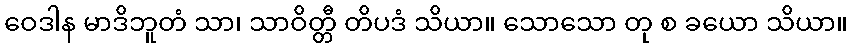
ဝေဒါန မာဒိဘူတံ သာ၊ သာဝိတ္တီ တိပဒံ သိယာ။ သောသော တု စ ခယော သိယာ။